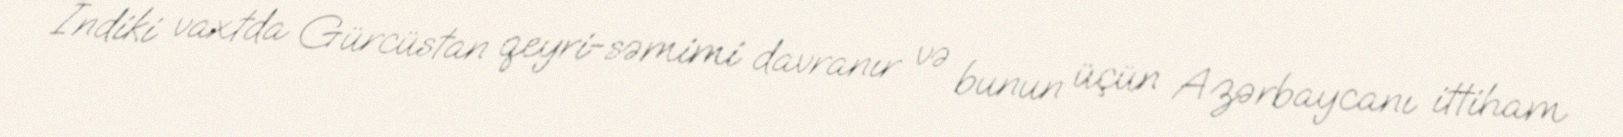
İndiki vaxtda Gürcüstan qeyri-səmimi davranır və bunun üçün Azərbaycanı ittiham